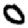
Digit: 0